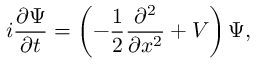
i \frac { \partial \Psi } { \partial t } = \left( - \frac { 1 } { 2 } \frac { \partial ^ { 2 } } { \partial x ^ { 2 } } + V \right) \Psi ,